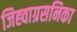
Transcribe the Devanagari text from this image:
जिह्वाग्रसनिका